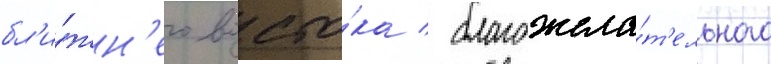
бл'и́жн'его восто́ка / благожела́т'ельного